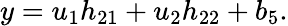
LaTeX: y=u_{1}h_{21}+u_{2}h_{22}+b_{5}.